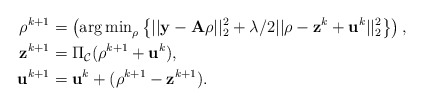
\begin{align*}\rho^{k+1} &= \left({\arg \min}_{\rho}\left\{ ||\mathbf{y}- \mathbf{A} \rho||_2^2 + \lambda/2 ||\rho- \mathbf{z}^k +\mathbf{u}^k||_2^2\right\}\right), \\\mathbf{z}^{k+1} &= \Pi_{\mathcal{C}}(\rho^{k+1} + \mathbf{u}^k), \\\mathbf{u}^{k+1} &= \mathbf{u}^k + (\rho^{k+1} - \mathbf{z}^{k+1}).\end{align*}